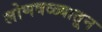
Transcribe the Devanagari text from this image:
लोणवळ्यातून